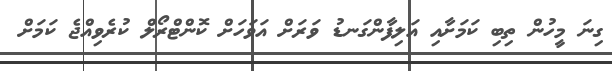
ގިނަ މީހުން ތިބި ކަމަށާއި އަލިފާންގަނޑު ވަރަށް އަވަހަށް ކޮންޓްރޯލް ކުރެވިއްޖެ ކަމަށް